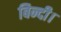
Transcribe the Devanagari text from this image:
बिन्दी।